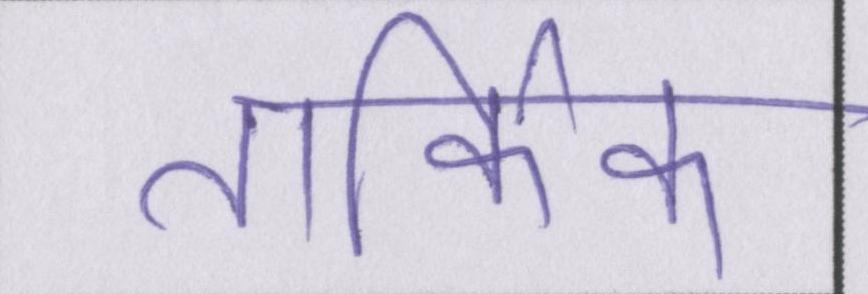
तार्किक